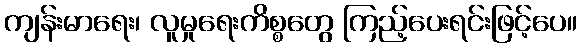
ကျန်းမာရေး၊ လူမှုရေးကိစ္စတွေ ကြည့်ပေးရင်းဖြင့်ပေ။